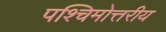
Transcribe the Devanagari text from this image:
पश्चिमोत्तरीय